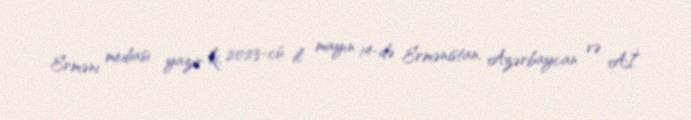
Erməni mediası yazır ki, 2023-cü il mayın 14-də Ermənistan, Azərbaycan və Aİ